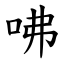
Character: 咈